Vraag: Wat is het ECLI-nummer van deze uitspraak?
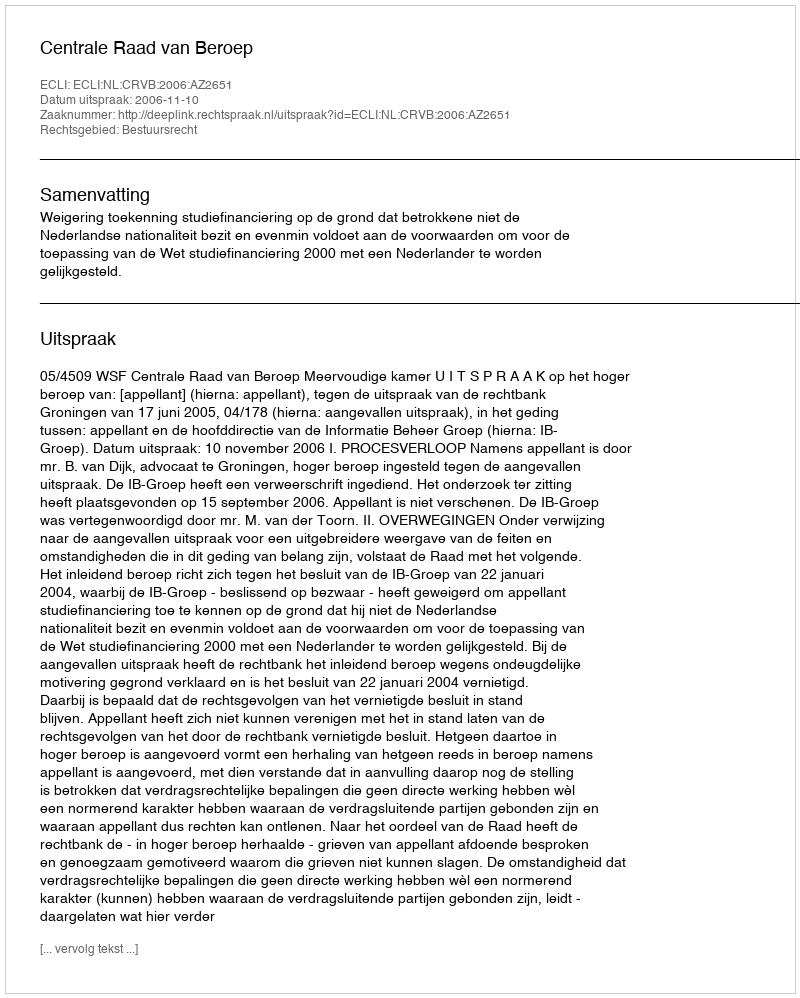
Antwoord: ECLI:NL:CRVB:2006:AZ2651